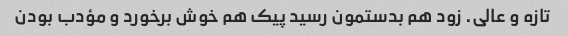
تازه و عالی. زود هم بدستمون رسید پیک هم خوش برخورد و مؤدب بودن